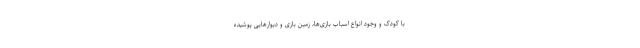
با کودک و وجود انواع اسباب بازی‌ها، زمین بازی و دیوار‌هایی پوشیده